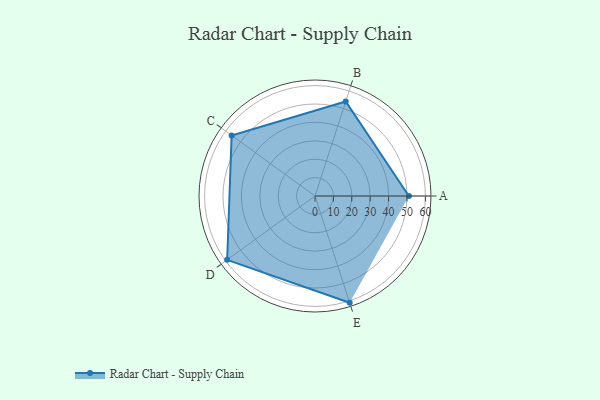
{"axis": {"x": "Skill", "y": "Score"}, "legend": ["Profile"], "data": [{"x": "A", "y": 51.0, "type": "Profile"}, {"x": "B", "y": 54.0, "type": "Profile"}, {"x": "C", "y": 56.0, "type": "Profile"}, {"x": "D", "y": 59.0, "type": "Profile"}, {"x": "E", "y": 61.0, "type": "Profile"}]}